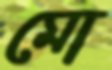
মো